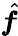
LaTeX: \hat{\boldsymbol f}